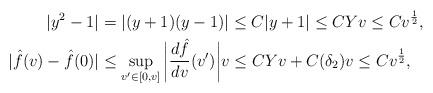
\begin{align*} |y^2-1|&=|(y+1)(y-1)|\leq C|y+1|\leq CYv\leq Cv^{\frac{1}{2}},\\ |\hat{f}(v)-\hat{f}(0)|&\leq \sup_{v'\in[0,v]}\bigg|\frac{d\hat{f}}{dv}(v')\bigg|v\leq CYv+C(\delta_2)v\leq Cv^{\frac{1}{2}},\end{align*}